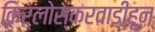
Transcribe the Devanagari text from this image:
किर्लोस्करवाडीहून